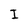
Character: I